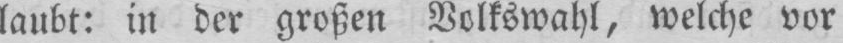
laubt: in der großen Volkswahl, welche vor